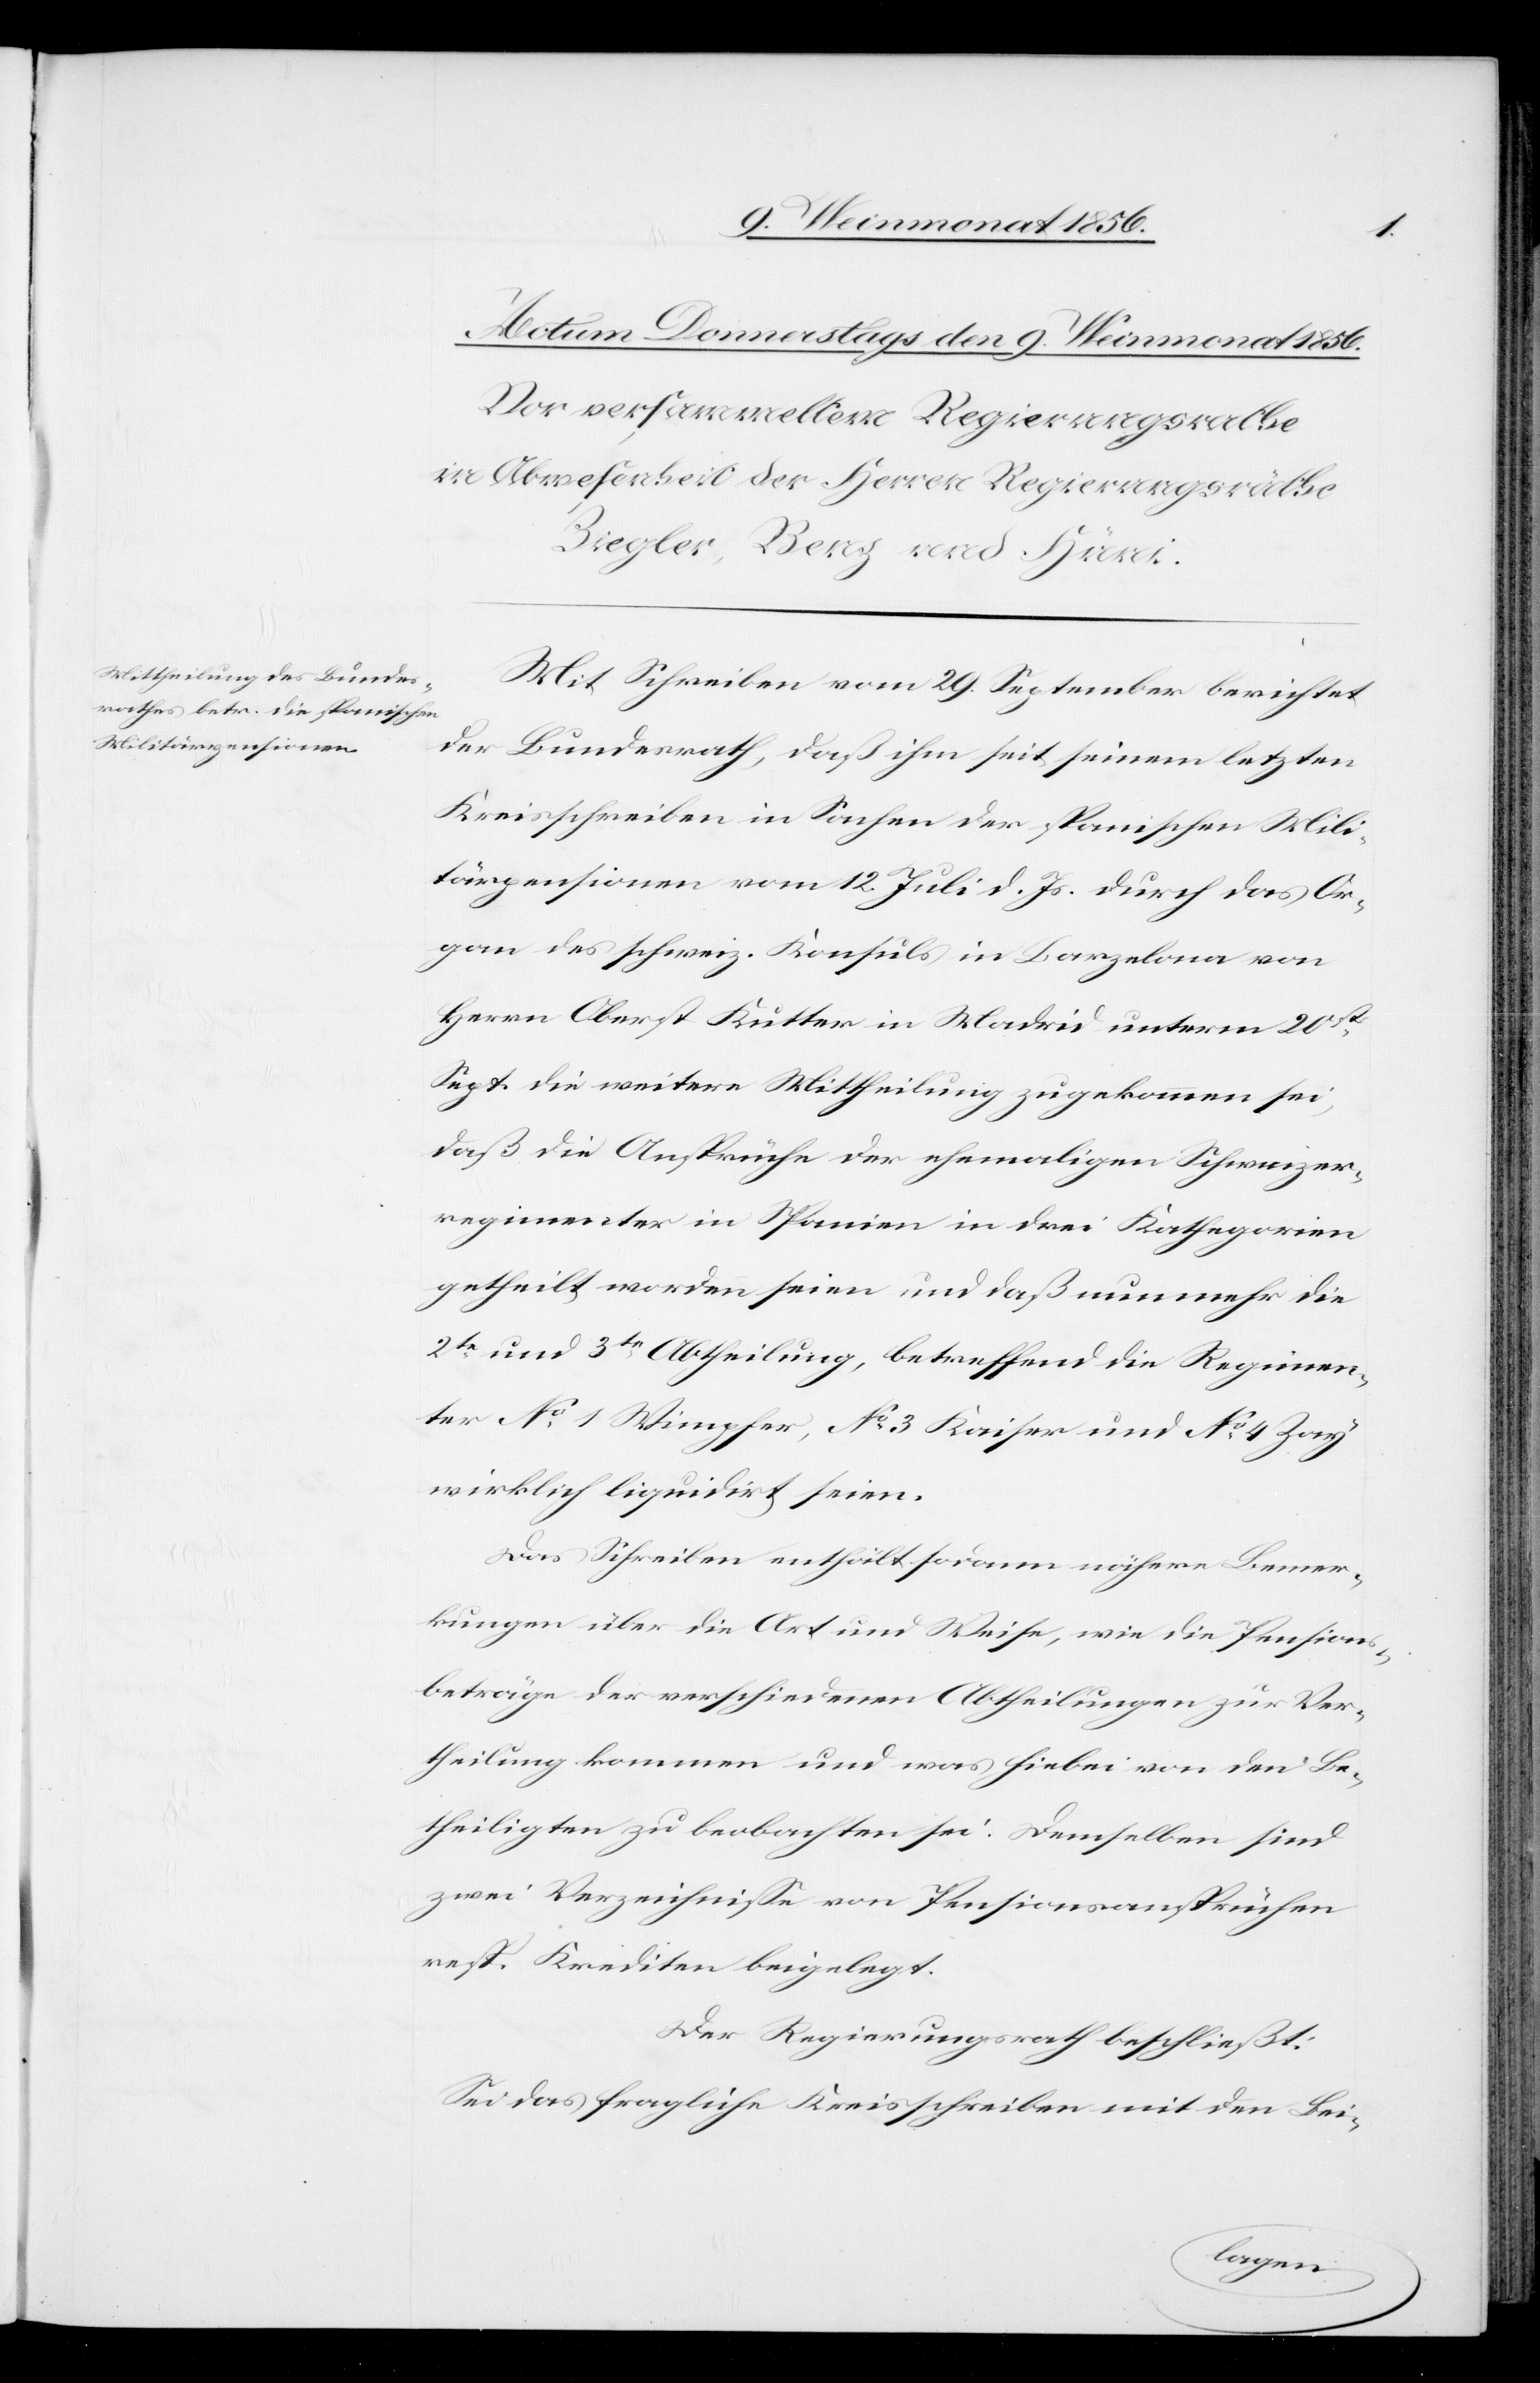
Mit Schreiben vom 29. September berichtet
der Bundesrath, daß ihm seit seinem letzten
Kreisschreiben in Sachen der spanischen Mili¬
tärpensionen vom 12. Juli d. Js. durch das Or¬
gan des schweiz. Konsuls in Barzelona von
Herrn Oberst Kutter in Madrid unterm 20st
Sept. die weitere Mittheilung zugekommen sei,
daß die Ansprüche der ehemaligen Schweizer¬
regimenter in Spanien in drei Kathegorien
getheilt worden seien und daß nunmehr die
2te und 3te Abtheilung, betreffend die Regimen¬
ter No 1 Wimpfer, No 3 Kaiser und No 4 Zay
wirklich liquidirt seien.
Das Schreiben enthält sodann nähere Bemer¬
kungen über die Art und Weise, wie die Pensions¬
beträge der verschiedenen Abtheilungen zur Ver¬
theilung kommen und was hiebei von den Be¬
theiligten zu beobachten sei. Demselben sind
zwei Verzeichnisse von Pensionsansprüchen
resp. Krediten beigelegt.
Der Regierungsrath beschließt:
Sei das fragliche Kreisschreiben mit den Bei-